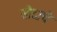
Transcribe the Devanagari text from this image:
सौदाचे